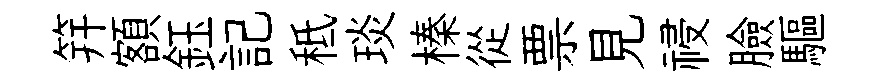
笄額鈺記秪琰榛從票見祲臉驅